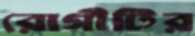
রোগীটির